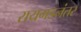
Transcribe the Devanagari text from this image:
रायगडनंतर